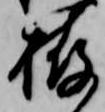
栫